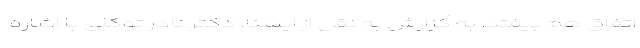
اتفاق هم بیفتد. به گزارش به نقل از ایسنا، دکتر نادر توکلی با اشاره